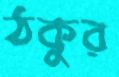
ঠকুর